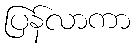
ပြန်လာကာ